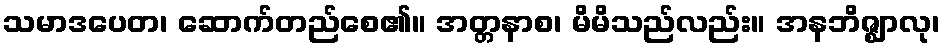
သမာဒပေတ၊ ဆောက်တည်စေ၏။ အတ္တနာစ၊ မိမိသည်လည်း။ အနဘိဇ္ဈာလု၊